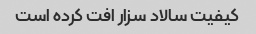
کیفیت سالاد سزار افت کرده است